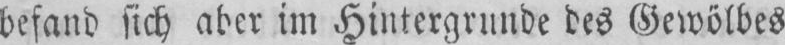
befand sich aber im Hintergrunde des Gewölbes